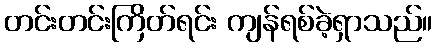
တင်းတင်းကြိတ်ရင်း ကျန်ရစ်ခဲ့ရှာသည်။